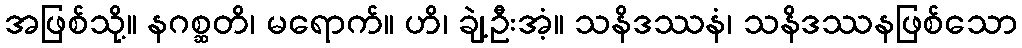
အဖြစ်သို့။ နဂစ္ဆတိ၊ မရောက်။ ဟိ၊ ချဲ့ဦးအံ့။ သနိဒဿနံ၊ သနိဒဿနဖြစ်သော